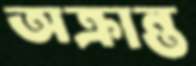
অক্রান্ত